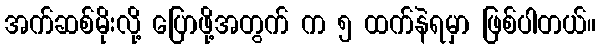
အက်ဆစ်မိုးလို့ ပြောဖို့အတွက် က ၅ ထက်နဲရမှာ ဖြစ်ပါတယ်။